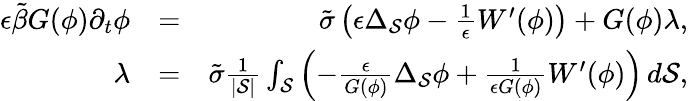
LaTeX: \begin{array}{rlr}{\epsilon\tilde{\beta}G(\phi)\partial_{t}\phi}&{=}&{\tilde{\sigma}\left(\epsilon\Delta_{\cal{S}}\phi-\frac{1}{\epsilon}W^{\prime}(\phi)\right)+G(\phi)\lambda,}\\ {\lambda}&{=}&{\tilde{\sigma}\frac{1}{|{\cal{S}}|}\int_{\cal{S}}\left(-\frac{\epsilon}{G(\phi)}\Delta_{\cal{S}}\phi+\frac{1}{\epsilon G(\phi)}W^{\prime}(\phi)\right)\, d{\cal{S}},}\end{array}